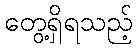
တွေ့ရှိရသည့်